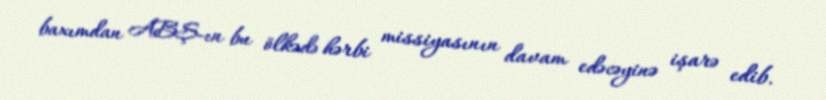
baxımdan ABŞ-ın bu ölkədə hərbi missiyasının davam edəcəyinə işarə edib.